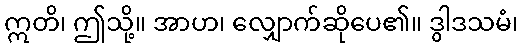
ဣတိ၊ ဤသို့။ အာဟ၊ လျှောက်ဆိုပေ၏။ ဒွါဒသမံ၊